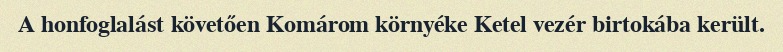
A honfoglalást követően Komárom környéke Ketel vezér birtokába került.